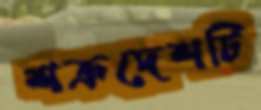
শত্রুদেশটি